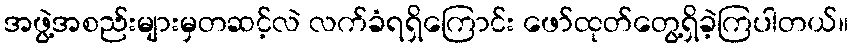
အဖွဲ့အစည်းများမှတဆင့်လဲ လက်ခံရရှိကြောင်း ဖော်ထုတ်တွေ့ရှိခဲ့ကြပါတယ်။